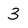
Character: 3